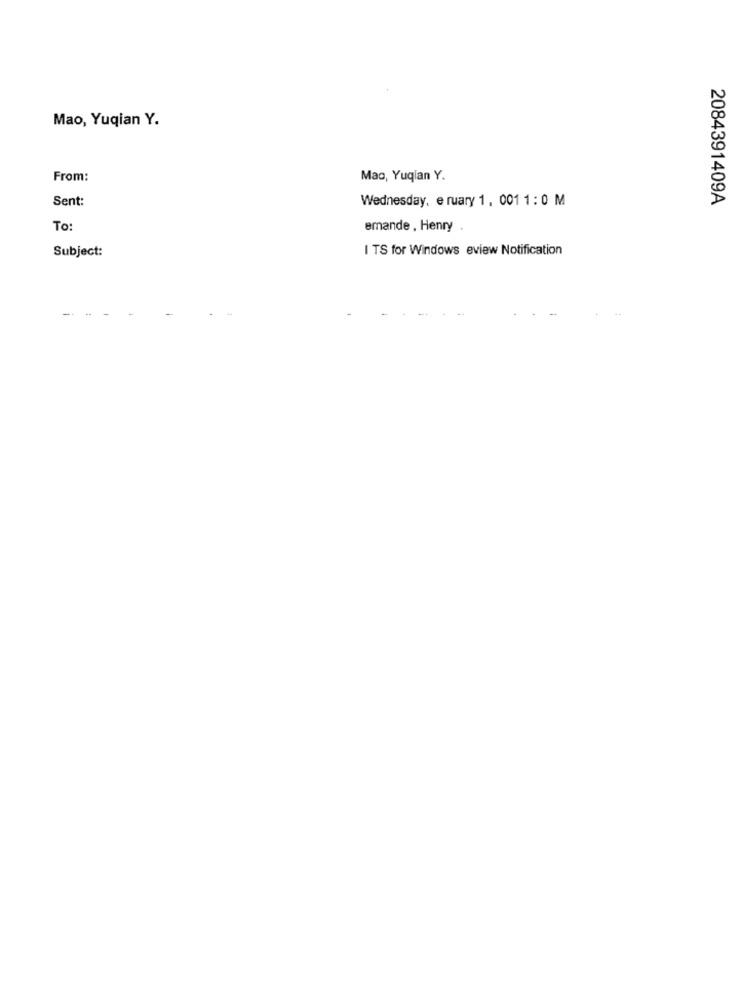
Mao, Yuqian Y.
From:
Mao, Yuqian Y.
Sent:
Wednesday, e ruary 1, 001 1 : 0 M
2084391409A
To
emande , Henry
Subject:
I TS for Windows eview Notification